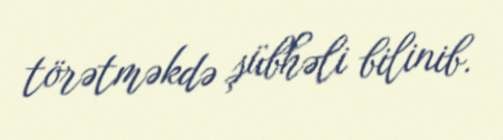
törətməkdə şübhəli bilinib.